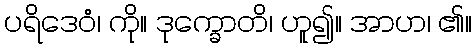
ပရိဒေဝံ၊ ကို။ ဒုက္ခောတိ၊ ဟူ၍။ အာဟ၊ ၏။